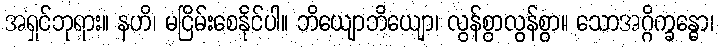
အရှင်ဘုရား။ နဟိ၊ မငြိမ်းစေနိုင်ပါ။ ဘိယျောဘိယျော၊ လွန်စွာလွန်စွာ။ သောအဂ္ဂိက္ခန္ဓော၊